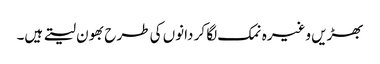
بھڑیں وغیرہ نمک لگا کر دانوں کی طرح بھون لیتے ہیں۔